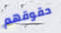
حقوقهم